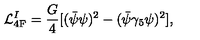
{ \cal L } _ { \mathrm { 4 F } } ^ { I } = \frac { G } { 4 } [ ( \bar { \psi } \psi ) ^ { 2 } - ( \bar { \psi } \gamma _ { 5 } \psi ) ^ { 2 } ] ,